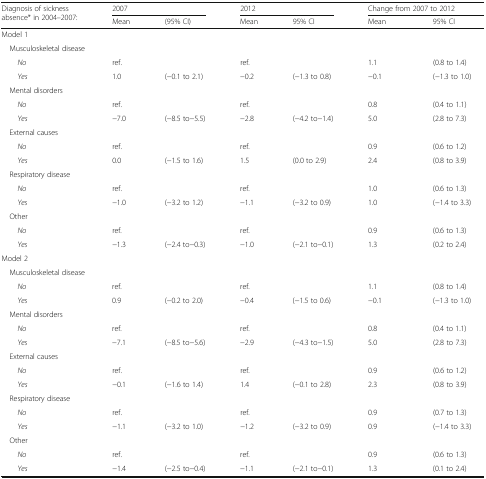
<table><thead><tr><td rowspan="2"><b>Diagnosis of sickness absence* in 2004–2007:</b></td><td colspan="2"><b>2007</b></td><td colspan="2"><b>2012</b></td><td colspan="2"><b>Change from 2007 to 2012</b></td></tr><tr><td><b>Mean</b></td><td><b>(95% CI)</b></td><td><b>Mean</b></td><td><b>95% CI</b></td><td><b>Mean</b></td><td><b>95% CI</b></td></tr></thead><tbody><tr><td colspan="7">Model 1</td></tr><tr><td colspan="7"> Musculoskeletal disease</td></tr><tr><td><i>No</i></td><td>ref.</td><td></td><td>ref.</td><td></td><td>1.1</td><td>(0.8 to 1.4)</td></tr><tr><td><i>Yes</i></td><td>1.0</td><td>(−0.1 to 2.1)</td><td>−0.2</td><td>(−1.3 to 0.8)</td><td>−0.1</td><td>(−1.3 to 1.0)</td></tr><tr><td colspan="7"> Mental disorders</td></tr><tr><td><i>No</i></td><td>ref.</td><td></td><td>ref.</td><td></td><td>0.8</td><td>(0.4 to 1.1)</td></tr><tr><td><i>Yes</i></td><td>−7.0</td><td>(−8.5 to−5.5)</td><td>−2.8</td><td>(−4.2 to−1.4)</td><td>5.0</td><td>(2.8 to 7.3)</td></tr><tr><td colspan="7"> External causes</td></tr><tr><td><i>No</i></td><td>ref.</td><td></td><td>ref.</td><td></td><td>0.9</td><td>(0.6 to 1.2)</td></tr><tr><td><i>Yes</i></td><td>0.0</td><td>(−1.5 to 1.6)</td><td>1.5</td><td>(0.0 to 2.9)</td><td>2.4</td><td>(0.8 to 3.9)</td></tr><tr><td colspan="7"> Respiratory disease</td></tr><tr><td><i>No</i></td><td>ref.</td><td></td><td>ref.</td><td></td><td>1.0</td><td>(0.6 to 1.3)</td></tr><tr><td><i>Yes</i></td><td>−1.0</td><td>(−3.2 to 1.2)</td><td>−1.1</td><td>(−3.2 to 0.9)</td><td>1.0</td><td>(−1.4 to 3.3)</td></tr><tr><td colspan="7"> Other</td></tr><tr><td><i>No</i></td><td>ref.</td><td></td><td>ref.</td><td></td><td>0.9</td><td>(0.6 to 1.3)</td></tr><tr><td><i>Yes</i></td><td>−1.3</td><td>(−2.4 to−0.3)</td><td>−1.0</td><td>(−2.1 to−0.1)</td><td>1.3</td><td>(0.2 to 2.4)</td></tr><tr><td colspan="7">Model 2</td></tr><tr><td colspan="7"> Musculoskeletal disease</td></tr><tr><td><i>No</i></td><td>ref.</td><td></td><td>ref.</td><td></td><td>1.1</td><td>(0.8 to 1.4)</td></tr><tr><td><i>Yes</i></td><td>0.9</td><td>(−0.2 to 2.0)</td><td>−0.4</td><td>(−1.5 to 0.6)</td><td>−0.1</td><td>(−1.3 to 1.0)</td></tr><tr><td colspan="7"> Mental disorders</td></tr><tr><td><i>No</i></td><td>ref.</td><td></td><td>ref.</td><td></td><td>0.8</td><td>(0.4 to 1.1)</td></tr><tr><td><i>Yes</i></td><td>−7.1</td><td>(−8.5 to−5.6)</td><td>−2.9</td><td>(−4.3 to−1.5)</td><td>5.0</td><td>(2.8 to 7.3)</td></tr><tr><td colspan="7"> External causes</td></tr><tr><td><i>No</i></td><td>ref.</td><td></td><td>ref.</td><td></td><td>0.9</td><td>(0.6 to 1.2)</td></tr><tr><td><i>Yes</i></td><td>−0.1</td><td>(−1.6 to 1.4)</td><td>1.4</td><td>(−0.1 to 2.8)</td><td>2.3</td><td>(0.8 to 3.9)</td></tr><tr><td colspan="7"> Respiratory disease</td></tr><tr><td><i>No</i></td><td>ref.</td><td></td><td>ref.</td><td></td><td>0.9</td><td>(0.7 to 1.3)</td></tr><tr><td> <i> Yes</i></td><td>−1.1</td><td>(−3.2 to 1.0)</td><td>−1.2</td><td>(−3.2 to 0.9)</td><td>0.9</td><td>(−1.4 to 3.3)</td></tr><tr><td colspan="7"> Other</td></tr><tr><td><i>No</i></td><td>ref.</td><td></td><td>ref.</td><td></td><td>0.9</td><td>(0.6 to 1.3)</td></tr><tr><td><i>Yes</i></td><td>−1.4</td><td>(−2.5 to−0.4)</td><td>−1.1</td><td>(−2.1 to−0.1)</td><td>1.3</td><td>(0.1 to 2.4)</td></tr></tbody></table>